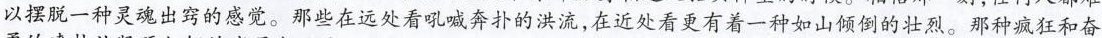
以摆脱一种灵魂出窍的感觉。那些在远处看吼喊奔扑的洪流，在近处看更有着一种如山倾倒的壮烈。那种疯狂和奋